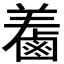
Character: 𪉤